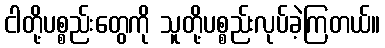
ငါတို့ပစ္စည်းတွေကို သူတို့ပစ္စည်းလုပ်ခဲ့ကြတယ်။